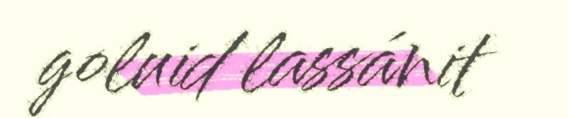
goluid lassánit